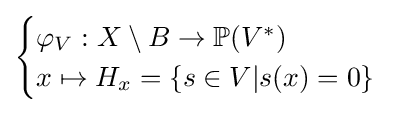
{\begin{cases}\varphi _{V}:X\setminus B\to \mathbb {P} (V^{*})\\x\mapsto H_{x}=\{s\in V|s(x)=0\}\end{cases}}